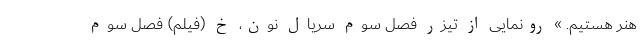
هنر هستیم. » رونمایی از تیزر فصل سوم سریال نون‌، خ (فیلم) فصل سوم